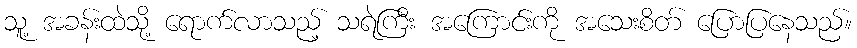
သူ့ အခန်းထဲသို့ ရောက်လာသည့် သရဲကြီး အကြောင်းကို အသေးစိတ် ပြောပြနေသည်။